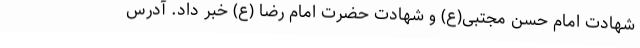
شهادت امام حسن مجتبی(ع) و شهادت حضرت امام رضا (ع) خبر داد. آدرس‌